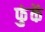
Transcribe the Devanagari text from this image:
फुंकें